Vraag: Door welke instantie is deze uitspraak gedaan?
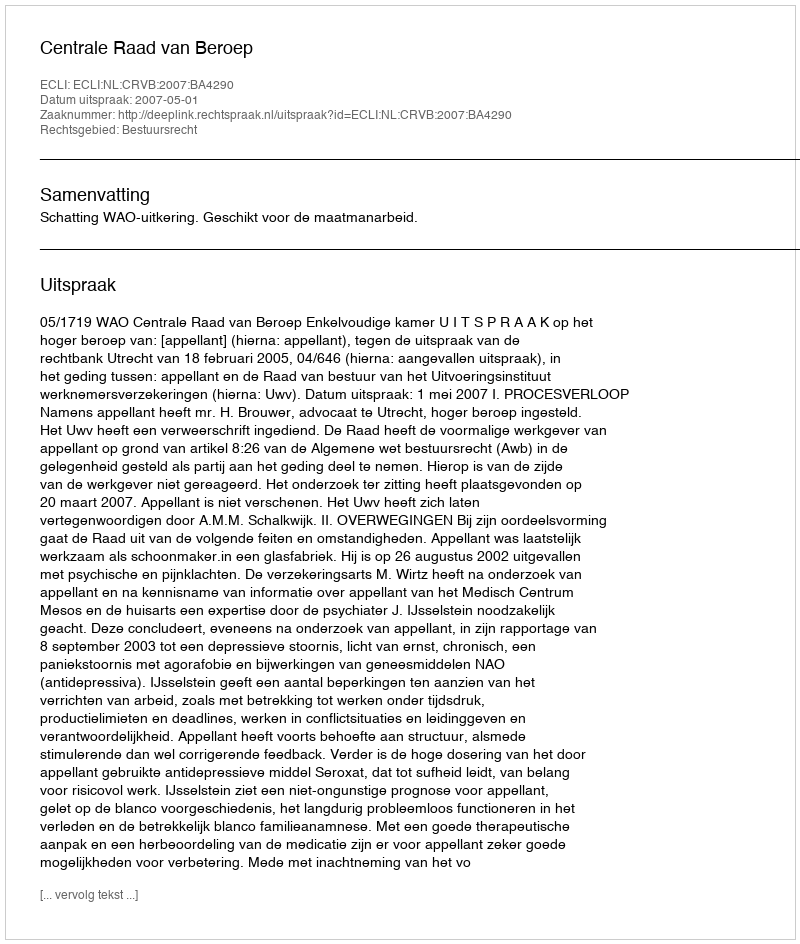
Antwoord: Centrale Raad van Beroep